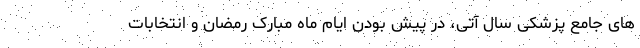
های جامع پزشکی سال آتی، در پیش بودن ایام ماه مبارک رمضان و انتخابات